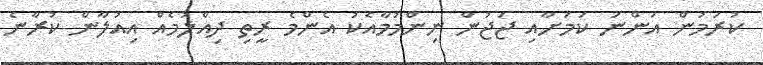
ކުރަމުން އަންނަ ކަމަށާއި ޖަޖުން ނިންމުމާއެކު އެންމެ ރީތި ދިއްލުމެއް އިއުލާން ކުރާނެ